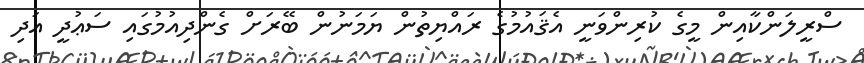
ސްރީލަންކާއިން މީގެ ކުރިންވަނީ އެޤައުމުގެ ރައްޔިތުން ޔަމަނުން ބޭރަށް ގެންދިއުމުގައި ސަޢުދީ އަދި